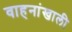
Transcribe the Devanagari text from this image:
वाहनांखाली